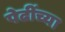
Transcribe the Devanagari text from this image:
पेढींच्या